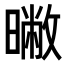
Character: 𣊶